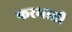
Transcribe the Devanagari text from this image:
फरमाती